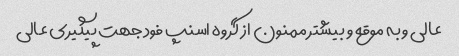
عالی و به موقع و بیشتر ممنون از گروه اسنپ فود جهت پیگیری عالی